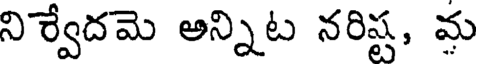
నిశ్వేదమె అన్నిట నరిష్ట, మ